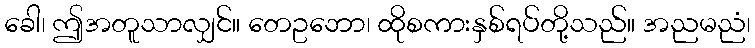
ခေါ၊ ဤအတူသာလျှင်။ တေဥဘော၊ ထိုစကားနှစ်ရပ်တို့သည်။ အညမညံ၊